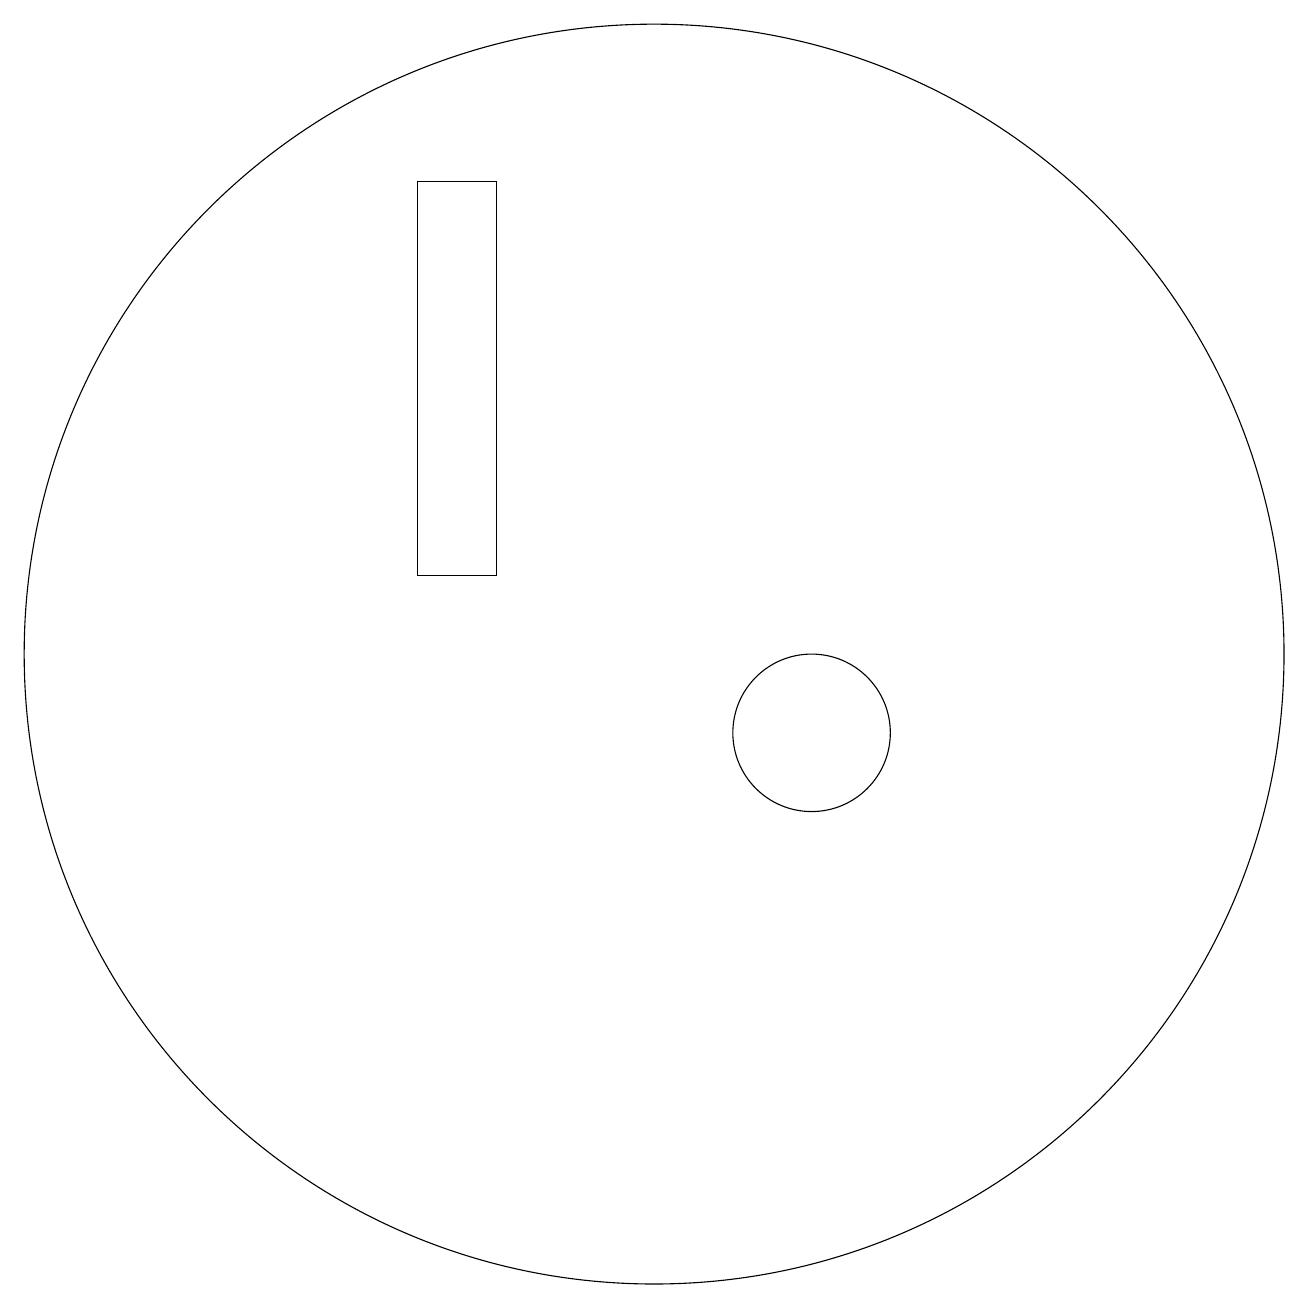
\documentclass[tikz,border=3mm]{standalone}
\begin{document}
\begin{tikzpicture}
\draw (10,11) circle (8);
\draw (12,10) circle (1);
\draw (8,17) rectangle (7,12);
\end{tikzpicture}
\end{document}